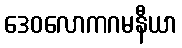
ဒေဝလောကဂမနီယာ